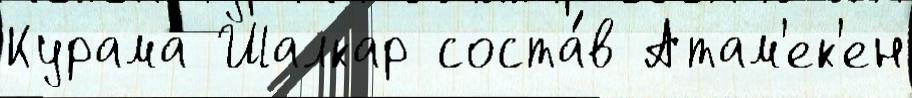
Курама Шалкар соста́в Атам'ек'ен